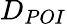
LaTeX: D_{POI}